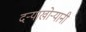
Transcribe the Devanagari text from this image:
दऱ्याखोऱ्यानी